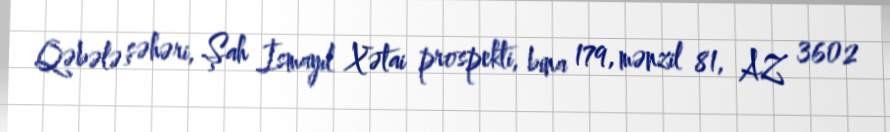
Qəbələ şəhəri, Şah İsmayıl Xətai prospekti, bina 179, mənzil 81, AZ 3602